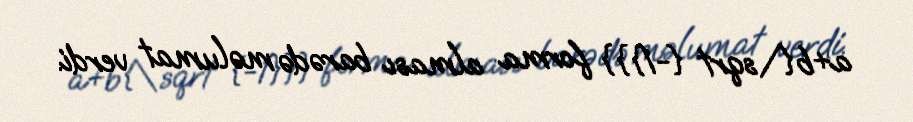
a+b{\sqrt {-1}}} forma alması barədə məlumat verdi.